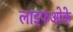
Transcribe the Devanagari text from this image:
लाइफओके